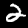
Digit: 2